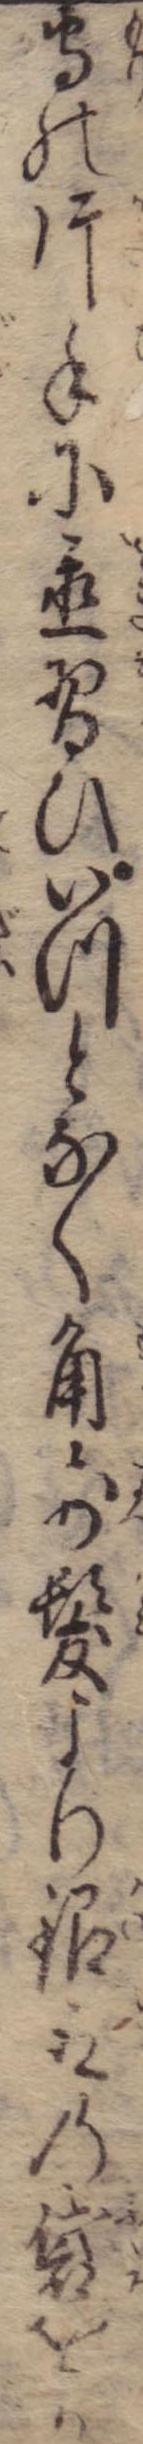
守の片手に置習ひいつとなく角前髪より銀取の袋をか